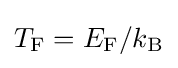
{\textstyle T_{\rm {F}}=E_{\rm {F}}/k_{\rm {B}}}